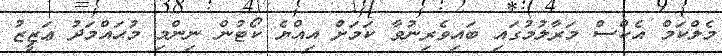
މެލްކަމް އެކްސް މަރާލުުމުގައި ބައިވެރިނުވާ ކަމަށް އިއްޔެ ކޯޓުން ނިންމި މުޙައްމަދު ޢަޒީޒު